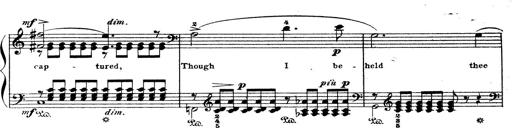
Title: Wagner-Liszt Album
Composer: Franz Liszt